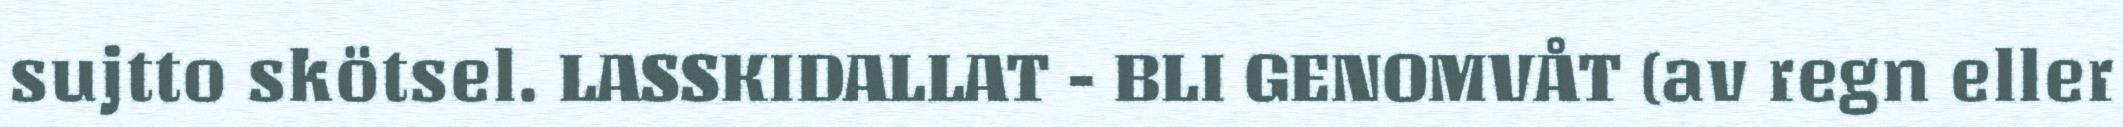
sujtto skötsel. LASSKIDALLAT - BLI GENOMVÅT (av regn eller